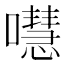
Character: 嚖